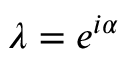
\lambda = e ^ { i \alpha }